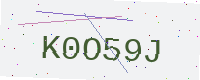
Text: K0O59J